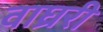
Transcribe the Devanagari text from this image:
वाघ्ररी